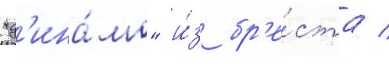
"д'ина́мо" и́з бр'е́ста /